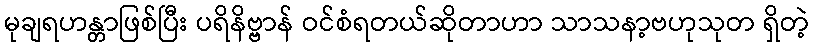
မုချရဟန္တာဖြစ်ပြီး ပရိနိဗ္ဗာန် ဝင်စံရတယ်ဆိုတာဟာ သာသနာ့ဗဟုသုတ ရှိတဲ့